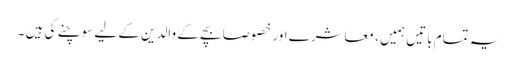
یہ تمام باتیں ہمیں ، معاشرے اور خصوصاً بچے کے والدین کے لیے سوچنے کی ہیں ۔